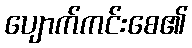
ပျောက်ကင်းစေ၏